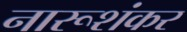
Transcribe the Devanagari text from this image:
नारूशंकर